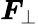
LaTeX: \boldsymbol{F}_{\perp}